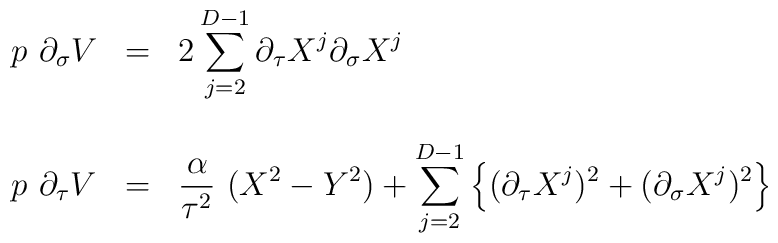
\begin{array}{lcl}p~ \partial_{\sigma} V & = & {\displaystyle 2 \sum_{j=2}^{D-1}\partial_{\tau} X^j \partial_{\sigma} X^j } \\ & & \\p~ \partial_{\tau} V & = & {\displaystyle \frac{\alpha}{\tau^2}~(X^2-Y^2) + \sum_{j=2}^{D-1} \left\{ (\partial_{\tau} X^j)^2 + (\partial_{\sigma} X^j)^2  \right\} }\end{array}